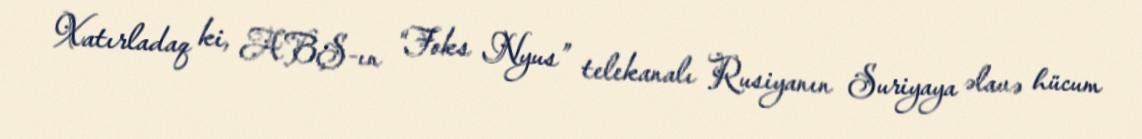
Xatırladaq ki, ABŞ-ın “Foks Nyus” telekanalı Rusiyanın Suriyaya əlavə hücum